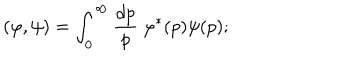
LaTeX: ( \varphi , \psi ) = \int _ { 0 } ^ { \infty } \frac { d p } { p } \ \varphi ^ { * } ( p ) \psi ( p ) ;